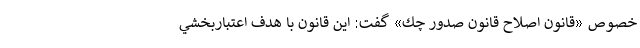
خصوص «قانون اصلاح قانون صدور چك» گفت: اين قانون با هدف اعتباربخشي